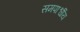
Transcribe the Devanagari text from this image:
समपार्श्वीय